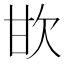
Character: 𣢟